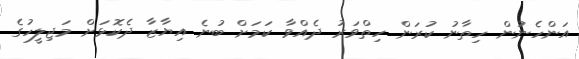
އަންހެނުން ހިތާނު ކުރަން ހިތްވަރު ދެއްވާ ކަމަށް ބުނެ އިޔާޒާ ދެކޮޅަށް މަޖިލީހުގެ